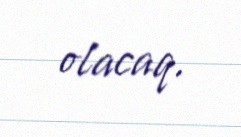
olacaq.